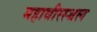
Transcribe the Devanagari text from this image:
महावीरस्थल